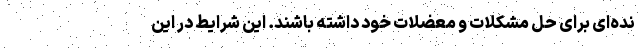
نده‌ای برای حل مشکلات و معضلات خود داشته باشند. این شرایط در این